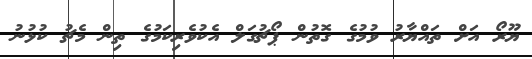
ޔޫރޯ އަށް ތައްޔާރު ވުމުގެ ގޮތުން ޕޯޗުގަލް އެކުވެރިކަމުގެ ތިން މެޗު ކުޅުނު